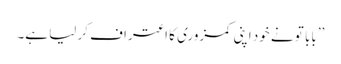
’’بابا تو نے خود اپنی کمزوری کا اعتراف کر لیا ہے۔